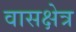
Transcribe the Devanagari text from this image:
वासक्षेत्र